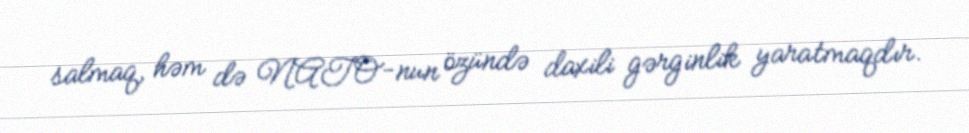
salmaq, həm də NATO-nun özündə daxili gərginlik yaratmaqdır.